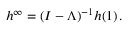
h ^ { \infty } = ( I - \Lambda ) ^ { - 1 } h ( 1 ) \, .